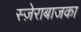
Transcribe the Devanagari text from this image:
स्ज़ेराबाजका